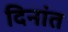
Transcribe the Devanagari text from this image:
दिनांत